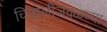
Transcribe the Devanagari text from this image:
चिखलीजवळच्या